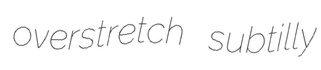
overstretch subtilly